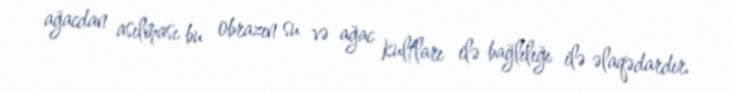
ağacdan asılması bu obrazın su və ağac kultları ilə bağlılığı ilə əlaqədardır.